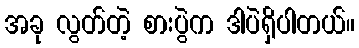
အခု လွတ်တဲ့ စားပွဲက ဒါပဲရှိပါတယ်။